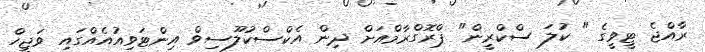
ރާއްޖެ ޓީވީގެ " ކުލަ ސްކްރީން" ޕްރޮގްރާމްއަށް ދިން އެކްސްކުލޫސިވް އިންޓަވިއުއެއްގައި ވަޖީހް